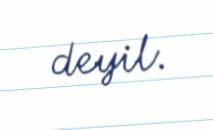
deyil.